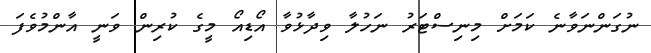
ނުގަންނަވާނެ ކަމަށް މިނިސްޓަރު ނަހުލާ ވިދާޅުވާ އޯޑިއޯ މީގެ ކުރިން ވަނީ އާންމުވެފަ